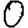
Digit: 0